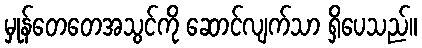
မှုန်တေတေအသွင်ကို ဆောင်လျက်သာ ရှိပေသည်။